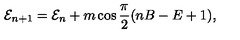
{ \cal E } _ { n + 1 } = { \cal E } _ { n } + m \cos \frac { \pi } { 2 } ( n B - E + 1 ) ,